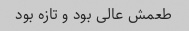
طعمش عالی بود و تازه بود